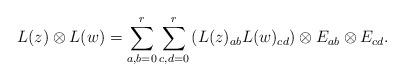
LaTeX: \begin{align*}L(z)\otimes L(w)=\sum_{a,b=0}^{r}\sum_{c, d=0}^{r} \left(L(z)_{ab}L(w)_{cd}\right)\otimes E_{ab}\otimes E_{cd}. \end{align*}